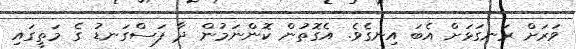
ވަރަށް ރަނގަޅަށް އެބަ އިނގެެވެ. އެގޮތުން ކޮންނަމުން ދާ ފަސްގަނޑު ގެ މަތީގައި